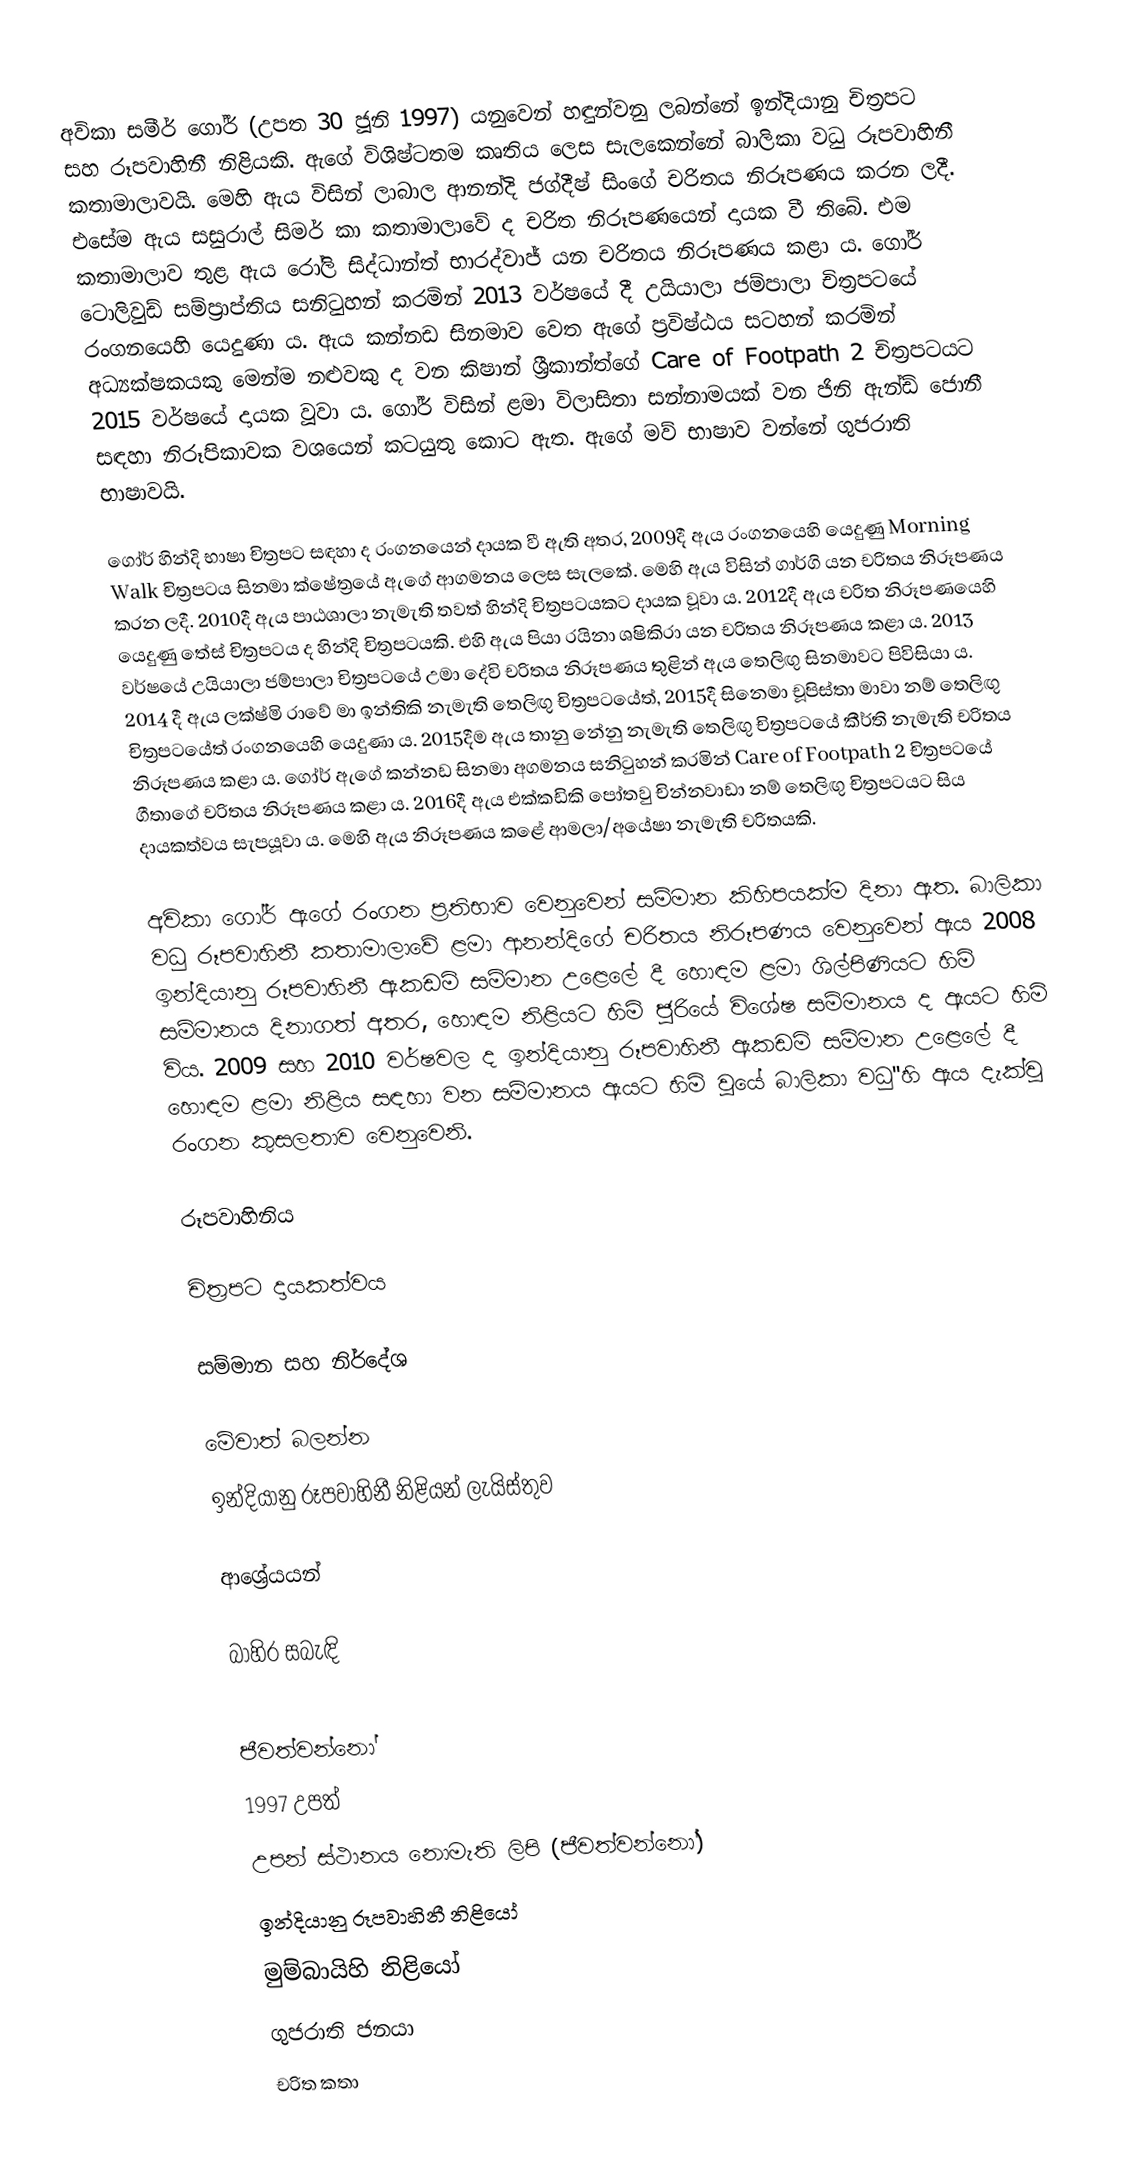
අවිකා සමීර් ගෝර් (උපත 30 ජූනි 1997) යනුවෙන් හඳුන්වනු ලබන්නේ ඉන්දියානු චිත්‍රපට සහ රූපවාහිනී නිළියකි. ඇගේ විශිෂ්ටතම කෘතිය ලෙස සැලකෙන්නේ බාලිකා වධු රූපවාහිනී කතාමාලාවයි. මෙහි ඇය විසින් ලාබාල ආනන්දි ජග්දීෂ් සිංගේ චරිතය නිරූපණය කරන ලදී. එසේම ඇය සසුරාල් සිමර් කා කතාමාලාවේ ද චරිත නිරූපණයෙන් දායක වී තිබේ. එම කතාමාලාව තුළ ඇය රෝලි සිද්ධාන්ත් භාරද්වාජ් යන චරිතය නිරූපණය කළා ය. ගෝර් ටොලිවුඩ් සම්ප්‍රාප්තිය සනිටුහන් කරමින් 2013 වර්ෂයේ දී උයියාලා ජම්පාලා චිත්‍රපටයේ රංගනයෙහි යෙදුණා ය. ඇය කන්නඩ සිනමාව වෙත ඇගේ ප්‍රවිෂ්ඨය සටහන් කරමින් අධ්‍යක්ෂකයකු මෙන්ම නළුවකු ද වන කිෂාන් ශ්‍රීකාන්ත්ගේ Care of Footpath 2 චිත්‍රපටයට 2015 වර්ෂයේ දායක වූවා ය. ගෝර් විසින් ළමා විලාසිතා සන්නාමයක් වන ජිනි ඇන්ඩ් ජොනී සඳහා නිරූපිකාවක වශයෙන් කටයුතු කොට ඇත. ඇගේ මව් භාෂාව වන්නේ ගුජරාති භාෂාවයි.

ගෝර් හින්දි භාෂා චිත්‍රපට සඳහා ද රංගනයෙන් දායක වී ඇති අතර, 2009දී ඇය රංගනයෙහි යෙදුණු Morning Walk චිත්‍රපටය සිනමා ක්ෂේත්‍රයේ ඇ‍ගේ ආගමනය ලෙස සැලකේ. මෙහි ඇය විසින් ගාර්ගි යන චරිතය නිරූපණය කරන ලදී. 2010දී ඇය පාඨශාලා නැමැති තවත් හින්දි චිත්‍රපටයකට දායක වූවා ය. 2012දී ඇය චරිත නිරූපණයෙහි යෙදුණු තේස් චිත්‍රපටය ද හින්දි චිත්‍රපටයකි. එහි ඇය පියා රයිනා ශෂිකිරා යන චරිතය නිරූපණය කළා ය. 2013 වර්ෂයේ උයියාලා ජම්පාලා චිත්‍රපටයේ උමා දේවි චරිතය නිරූපණය තුළින් ඇය තෙලිඟු සිනමාවට පිවිසියා ය. 2014 දී ඇය ලක්ෂ්මි රාවේ මා ඉන්තිකි නැමැති තෙලිඟු චිත්‍රපටයේත්, 2015දී සිනෙමා චූපිස්තා මාවා නම් තෙලිඟු චිත්‍රපටයේත් රංගනයෙහි යෙදුණා ය. 2015දීම ඇය තානු නේනු නැමැති තෙලිඟු චිත්‍රපටයේ කීර්ති නැමැති චරිතය නිරූපණය කළා ය. ගෝර් ඇගේ කන්නඩ සිනමා අගමනය සනිටුහන් කරමින් Care of Footpath 2 චිත්‍රපටයේ ගීතාගේ චරිතය නිරූපණය කළා ය. 2016දී ඇය එක්කඩිකි පෝතවු චින්නවාඩා නම් තෙලිඟු චිත්‍රපටයට සිය දායකත්වය සැපයූවා ය. මෙහි ඇය නිරූපණය කළේ ආමලා/අයේෂා නැමැති චරිතයකි.

අවිකා ගෝර් ඇගේ රංගන ප්‍රතිභාව වෙනුවෙන් සම්මාන කිහිපයක්ම දිනා ඇත. බාලිකා වධු රූපවාහිනී කතාමාලාවේ ළමා ආනන්දිගේ චරිතය නිරූපණය වෙනුවෙන් ඇය 2008 ඉන්දියානු රූපවාහිනී ඇකඩමි සම්මාන උළෙලේ දී හොඳම ළමා ශිල්පිණියට හිමි සම්මානය දිනාගත් අතර, හොඳම නිළියට හිමි ජූරියේ විශේෂ සම්මානය ද ඇයට හිමි විය. 2009 සහ 2010 වර්ෂවල ද ඉන්දියානු රූපවාහිනී ඇකඩමි සම්මාන උළෙලේ දී හොඳම ළමා නිළිය සඳහා වන සම්මානය ඇයට හිමි වූයේ බාලිකා වධු''හි ඇය දැක්වූ රංගන කුසලතාව වෙනුවෙනි.

රූපවාහිනිය

චිත්‍රපට දායකත්වය

සම්මාන සහ නිර්දේශ

මේවාත් බලන්න
 ඉන්දියානු රූපවාහිනී නිළියන් ලැයිස්තුව

ආශ්‍රේයයන්

බාහිර සබැඳි

ජීවත්වන්නෝ
1997 උපත්
උපන් ස්ථානය නොමැති ලිපි (ජීවත්වන්නෝ)
ඉන්දියානු රූපවාහිනී නිළියෝ
මුම්බායිහි නිළියෝ
ගුජරාති ජනයා
චරිත කතා